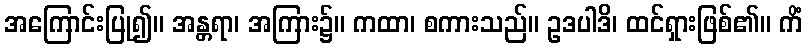
အကြောင်းပြု၍။ အန္တရာ၊ အကြား၌။ ကထာ၊ စကားသည်။ ဥဒပါဒိ၊ ထင်ရှားဖြစ်၏။ ကိံ